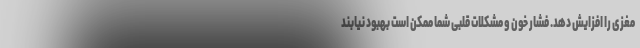
مغزی را افزایش دهد. فشار خون و مشکلات قلبی شما ممکن است بهبود نیابند